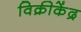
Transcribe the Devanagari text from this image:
विक्रीकेंद्र